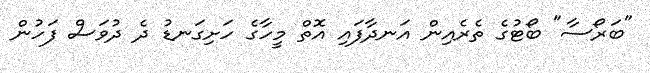
"ބަރޯސާ" ބޯޓުގެ ތެރެއިން އަނދާފައި އޮތް މީހާގެ ހަށިގަނޑު ދެ ދުވަސް ފަހުން